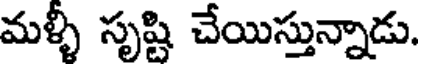
మళ్ళీ సృష్టి చేయిస్తున్నాడు.